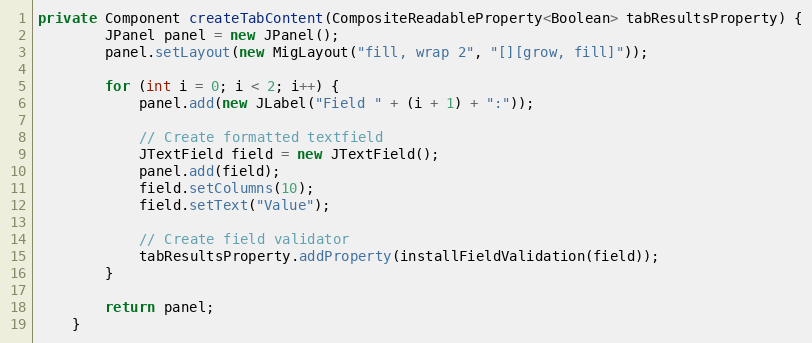
Language: Java
private Component createTabContent(CompositeReadableProperty<Boolean> tabResultsProperty) {
        JPanel panel = new JPanel();
        panel.setLayout(new MigLayout("fill, wrap 2", "[][grow, fill]"));

        for (int i = 0; i < 2; i++) {
            panel.add(new JLabel("Field " + (i + 1) + ":"));

            // Create formatted textfield
            JTextField field = new JTextField();
            panel.add(field);
            field.setColumns(10);
            field.setText("Value");

            // Create field validator
            tabResultsProperty.addProperty(installFieldValidation(field));
        }

        return panel;
    }